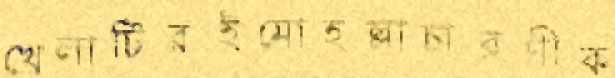
খেলাটিরইমোহল্লাচারণীক